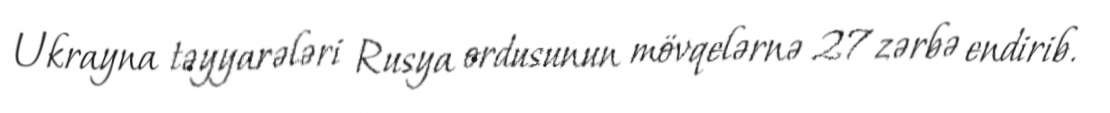
Ukrayna təyyarələri Rusya ordusunun mövqelərnə 27 zərbə endirib.